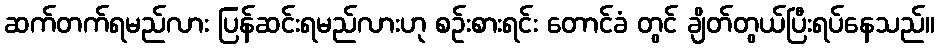
ဆက်တက်ရမည်လား ပြန်ဆင်းရမည်လားဟု စဉ်းစားရင်း တောင်ခံ တွင် ချိတ်တွယ်ပြီးရပ်နေသည်။